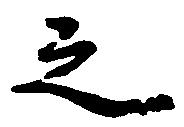
之